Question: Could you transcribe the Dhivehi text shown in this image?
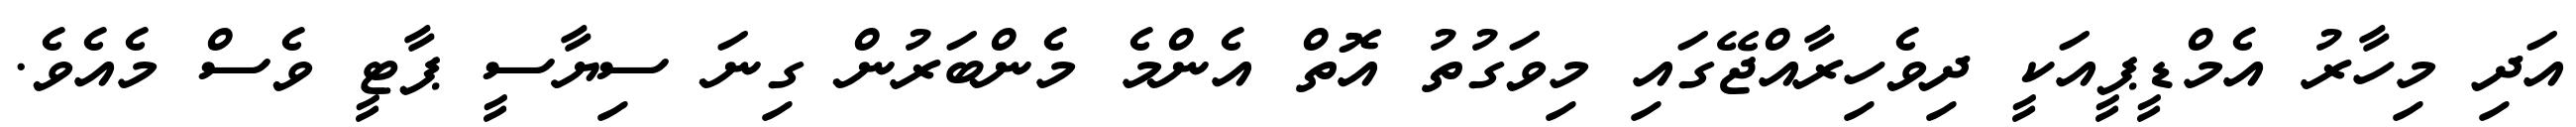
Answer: އަދި މިހާރު އެމްޑީޕީއަކީ ދިވެހިރާއްޖޭގައި މިވަގުތު އޮތް އެންމެ މެންބަރުން ގިނަ ސިޔާސީ ޕާޓީ ވެސް މެއެވެ.